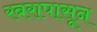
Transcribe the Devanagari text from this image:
रबरापासून